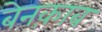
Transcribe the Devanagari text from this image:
बेनक़ाब